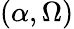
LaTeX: (\alpha,\Omega)